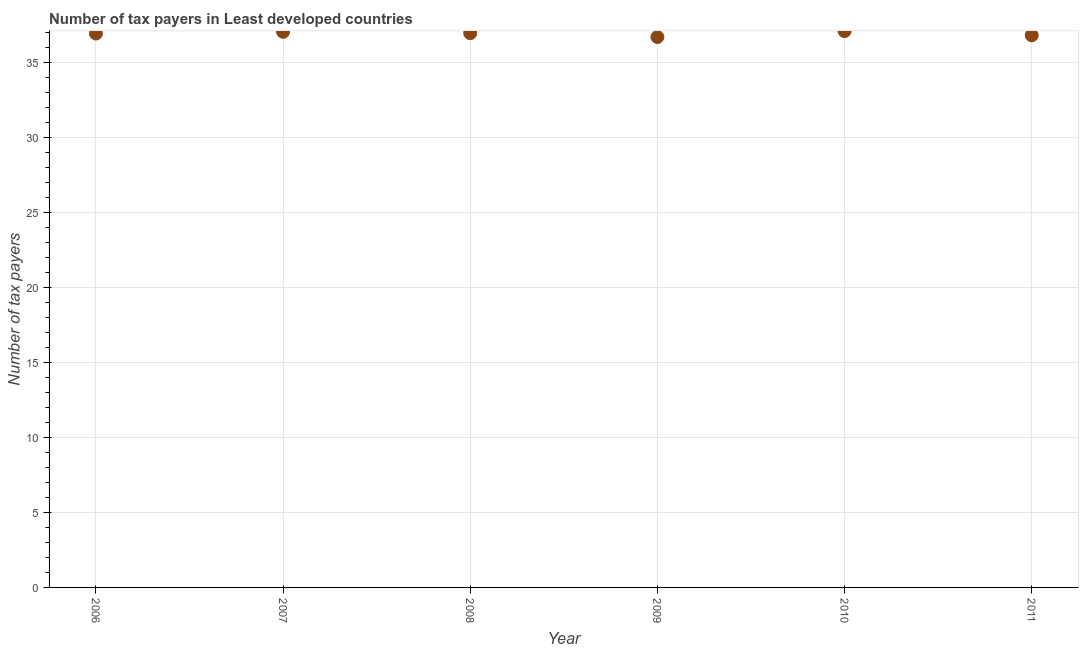
| Year | Tax payments |
 | --- | --- |
 | 2006 | 36.9 |
 | 2007 | 37 |
 | 2008 | 36.9 |
 | 2009 | 36.7 |
 | 2010 | 37.1 |
 | 2011 | 36.8 |